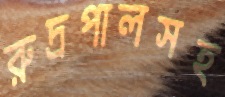
রুদ্রপালসহ